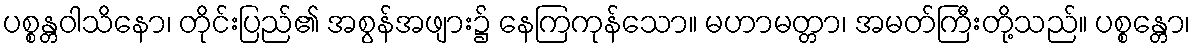
ပစ္စန္တဝါသိနော၊ တိုင်းပြည်၏ အစွန်အဖျား၌ နေကြကုန်သော။ မဟာမတ္တာ၊ အမတ်ကြီးတို့သည်။ ပစ္စန္တော၊